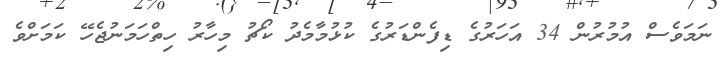
ނަމަވެސް އުމުރުން 34 އަހަރުގެ ޑިފެންޑަރުގެ ކުޅުމާމެދު ކޯޗު މިހާރު ހިތްހަމަނުޖެހޭ ކަމަށްވެ